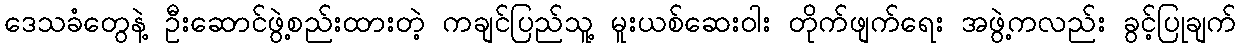
ဒေသခံတွေနဲ့ ဦးဆောင်ဖွဲ့စည်းထားတဲ့ ကချင်ပြည်သူ့ မူးယစ်ဆေးဝါး တိုက်ဖျက်ရေး အဖွဲ့ကလည်း ခွင့်ပြုချက်